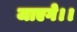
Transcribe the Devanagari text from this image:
जाएगे।।